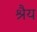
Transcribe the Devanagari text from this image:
श्रैय